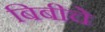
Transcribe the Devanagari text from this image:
बिबीचे